Civil Veterinary Department. Madras. Admin. report 1926-33 - 1926-1933
Year: 1926
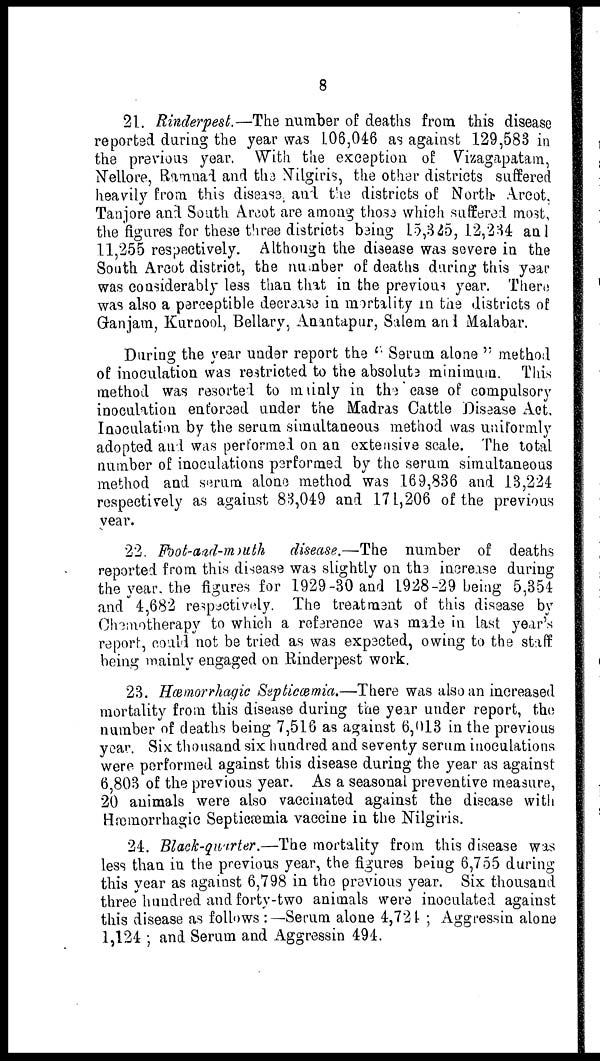
8
21. Rinderpest.—The number of deaths from this disease
reported during the year was 106,046 as against 129,583 in
the previous year. With the exception of Vizagapatam,
Nellore, Ramnad and the Nilgiris, the other districts suffered
heavily from this disease, and the districts of North Arcot,
Tanjore and South Arcot are among those which suffered most,
the figures for these three districts being 15,345, 12,234 and
11,255 respectively. Although the disease was severe in the
South Arcot district, the number of deaths during this year
was considerably less than that in the previous year. There
was also a perceptible decrease in mortality in the districts of
Ganjam, Kurnool, Bellary, Anantapur, Salem and Malabar.
During the year under report the "Serum alone" method
of inoculation was restricted to the absolut3 minimum. This
method was rescrted to mainly in the case of compulsory
inoculation enforced under the Madras Cattle Disease Act,
Inoculation by the serum simultaneous method was uniformly
adopted and was performed on an extensive scale. The total
number of inoculations performed by the serum simultaneous
method and serum alone method was 169,836 and 13,224
respectively as against 83,049 and 171,206 of the previous
year.
22. Foot-and-mouth disease.—The number of deaths
reported from this disease was slightly on the increase during
the year the figures for 1929-30 and 1928-29 being 5,354
and 4,682 respectively. The treatment of this disease by
Chemotherapy to which a reference was made in last year's
report, could not be tried as was expected, owing to the staff
being mainly engaged on Rinderpest work.
23. Hæmorrhagic Sapticæmia.—There was also an increased
mortality from this disease during the year under report, the
number of deaths being 7,516 as against 6,013 in the previous
year. Six thousand six hundred and seventy serum inoculations
were performed against this disease during the year as against
6 803 of the previous year. As a seasonal preventive measure,
20 animals were also vaccinated against the disease with
Hæmorrhagic Septicæmia vaccine in the Nilgiris.
24. Blaek-quarter.—The mortality from this disease was
less than in the previous year, the figures bring 6,755 during
this year as against 6,798 in the previous year. Six thousand
three hundred and forty-two animals were inoculated against
this disease as follows:—Serum alone 4,724; Aggressin alone
1,124; and Serum and Aggressin 494.